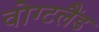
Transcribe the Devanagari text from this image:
वोग्टलैंड